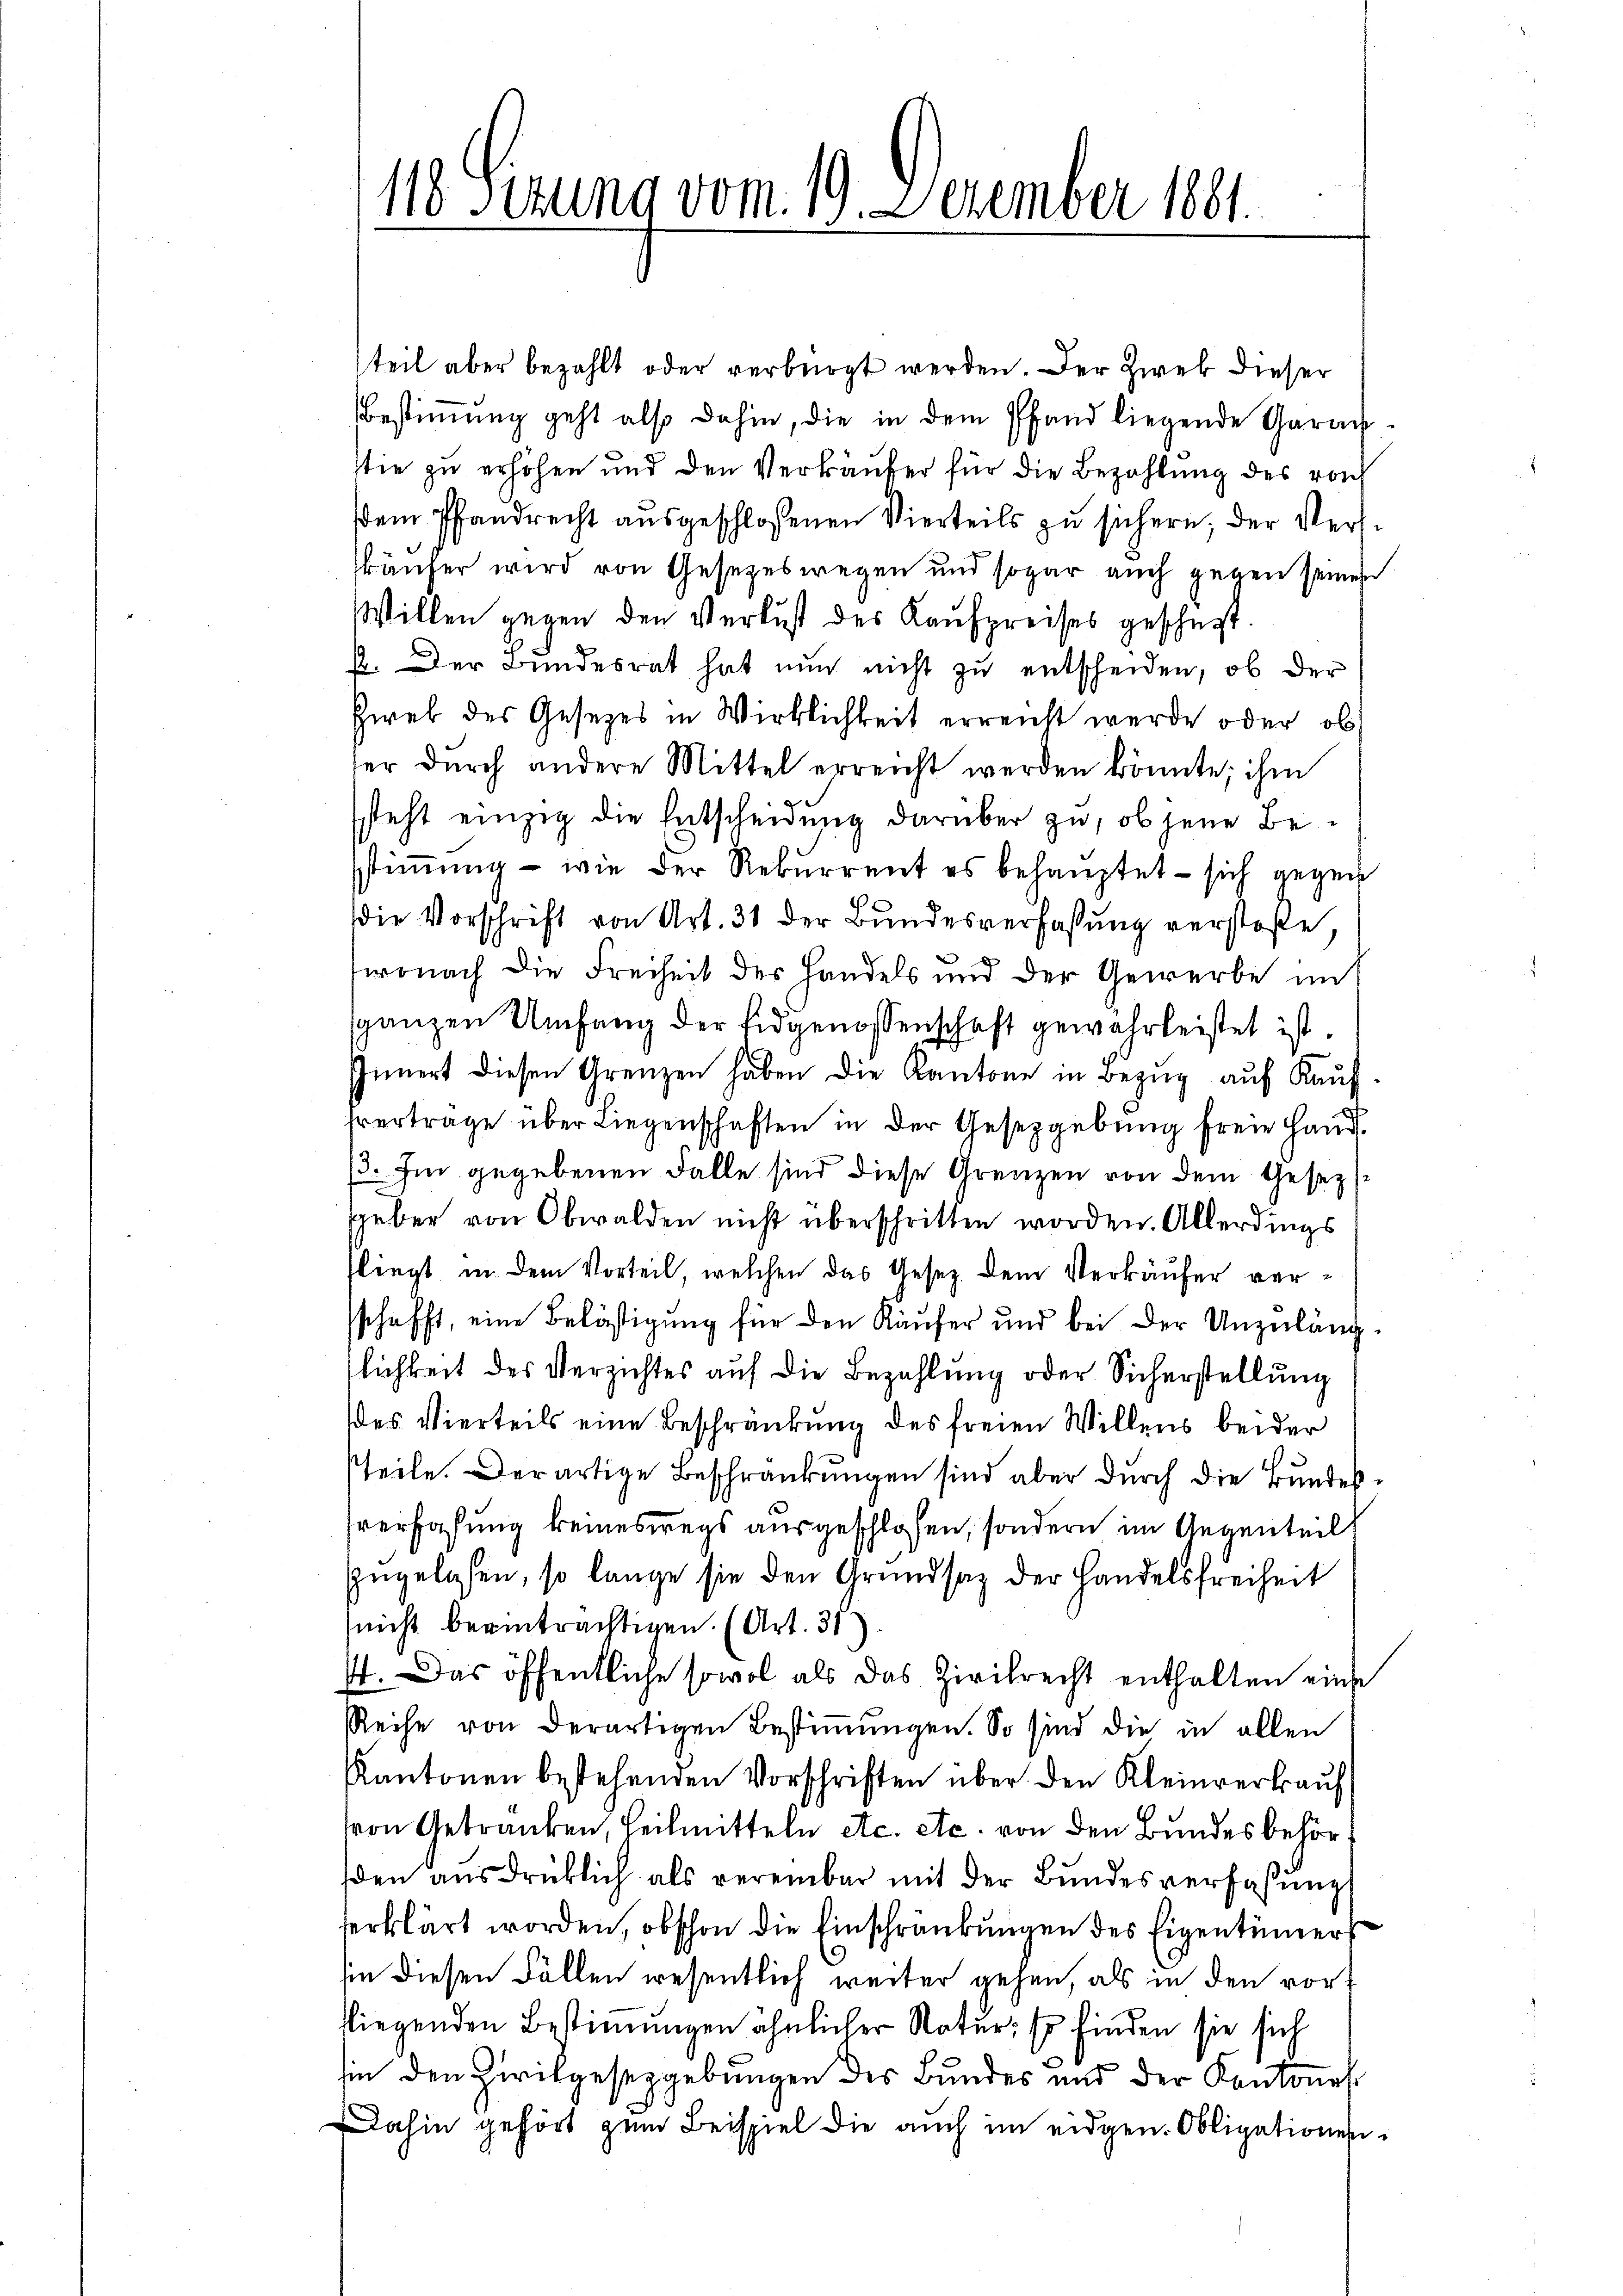
teil aber bezahlt oder verbürgt werden. Der Zwek dieser
Bestimmung geht also dahin, die in dem Pfand liegende Garanstie zu erhöhen und den Verkäufer für die Bezahlung des von
dem Pfandrecht ausgeschlossenen Vierteils zu sichern, der Verskäufer wird von Gesetzeswegen und sogar auch gegen seinen
Willen gegen den Verlust des Kaufpreises geschert.
2. Der Bundesrat hat nun nicht zu entscheiden, ob der
Eweb des Gesetzes in Wirklichkeit erreicht werde oder ob
ser dŭrch andere Mittel erreicht werden könnte, ihm
steht einzig die Entscheidung darüber zu, ob jene Besstimmung - wie der Rekurrent es behauptet – sich gegen
die Vorschrift von Art. 31 der Bundesverfassung verstoße,
wonach die Freiheit des Handels und der Gewerbe mit
sganzen Umfang der Eidgenossenschaft gewahrleistet ist.
Innert diesen Grenzen haben die Kantone in Bezŭg aŭf Kaŭf-
fvertrage über Liegenschaften in der Gesetzgebung freie Hand
ß. Im gegebenen Falle sind diese Grenzen von dem Gesezgeber von Obwalden nicht überschritten worden. Allerdings
fliegt in dem Vorteil, welchen das Gesetz dem Verkäufer versschafft, eine Belästigung für den Käufer und bei der Unzuläng
lichkeit des Verzichtes auf die Bezahlung oder Sicherstellung
des Vierteils eine Beschränkung des freien Willens beider
teile. Derartige Beschränkungen sind aber durch die Bundessverfaßung keineswegs ausgeschlosen, sondern im Gegenteil
zngelesen, so lange sie den Grundsaz der Handelsfreiheit
nicht beeinträchtigen. (Art. 31)
I. Das öffentliche sowol als das Zivilrecht enthalten eine
Reihe von derartigen Bestimmungen. So sind die in allen
Kantonen bestehenden Vorschriften über den Kleinverkaŭf
von Getranken, Heilmitteln etc. etc. von den Bundesbehörden aŭsdrücklich als vereinbar mit der Bŭndesverfassŭng
erklärt worden, obschon die Einschränkungen des Eigentümers
hin diesen Fällen wesentlich weiter gehen, als in den vorfliegenden Bestimmungen ähnlicher Natur; Es finden sie sich
hin den Zivilgesetzgebungen des Bundes und der Kantones
Dahin gehört zum Beispiel die auch im eidgen. Obligationen

11 Sezung vom 19. Dezember 1881.